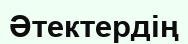
Әтектердің